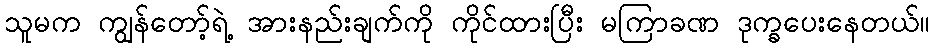
သူမက ကျွန်တော့်ရဲ့ အားနည်းချက်ကို ကိုင်ထားပြီး မကြာခဏ ဒုက္ခပေးနေတယ်။